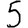
Digit: 5